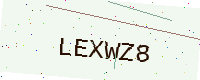
Text: LEXWZ8